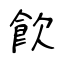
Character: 飮